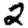
Digit: 2